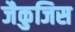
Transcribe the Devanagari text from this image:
जैकुजिस